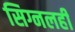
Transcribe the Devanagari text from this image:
सिग्नलही